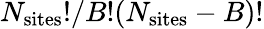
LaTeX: N_{\mathrm{sites}}!/B!(N_{\mathrm{sites}}-B)!